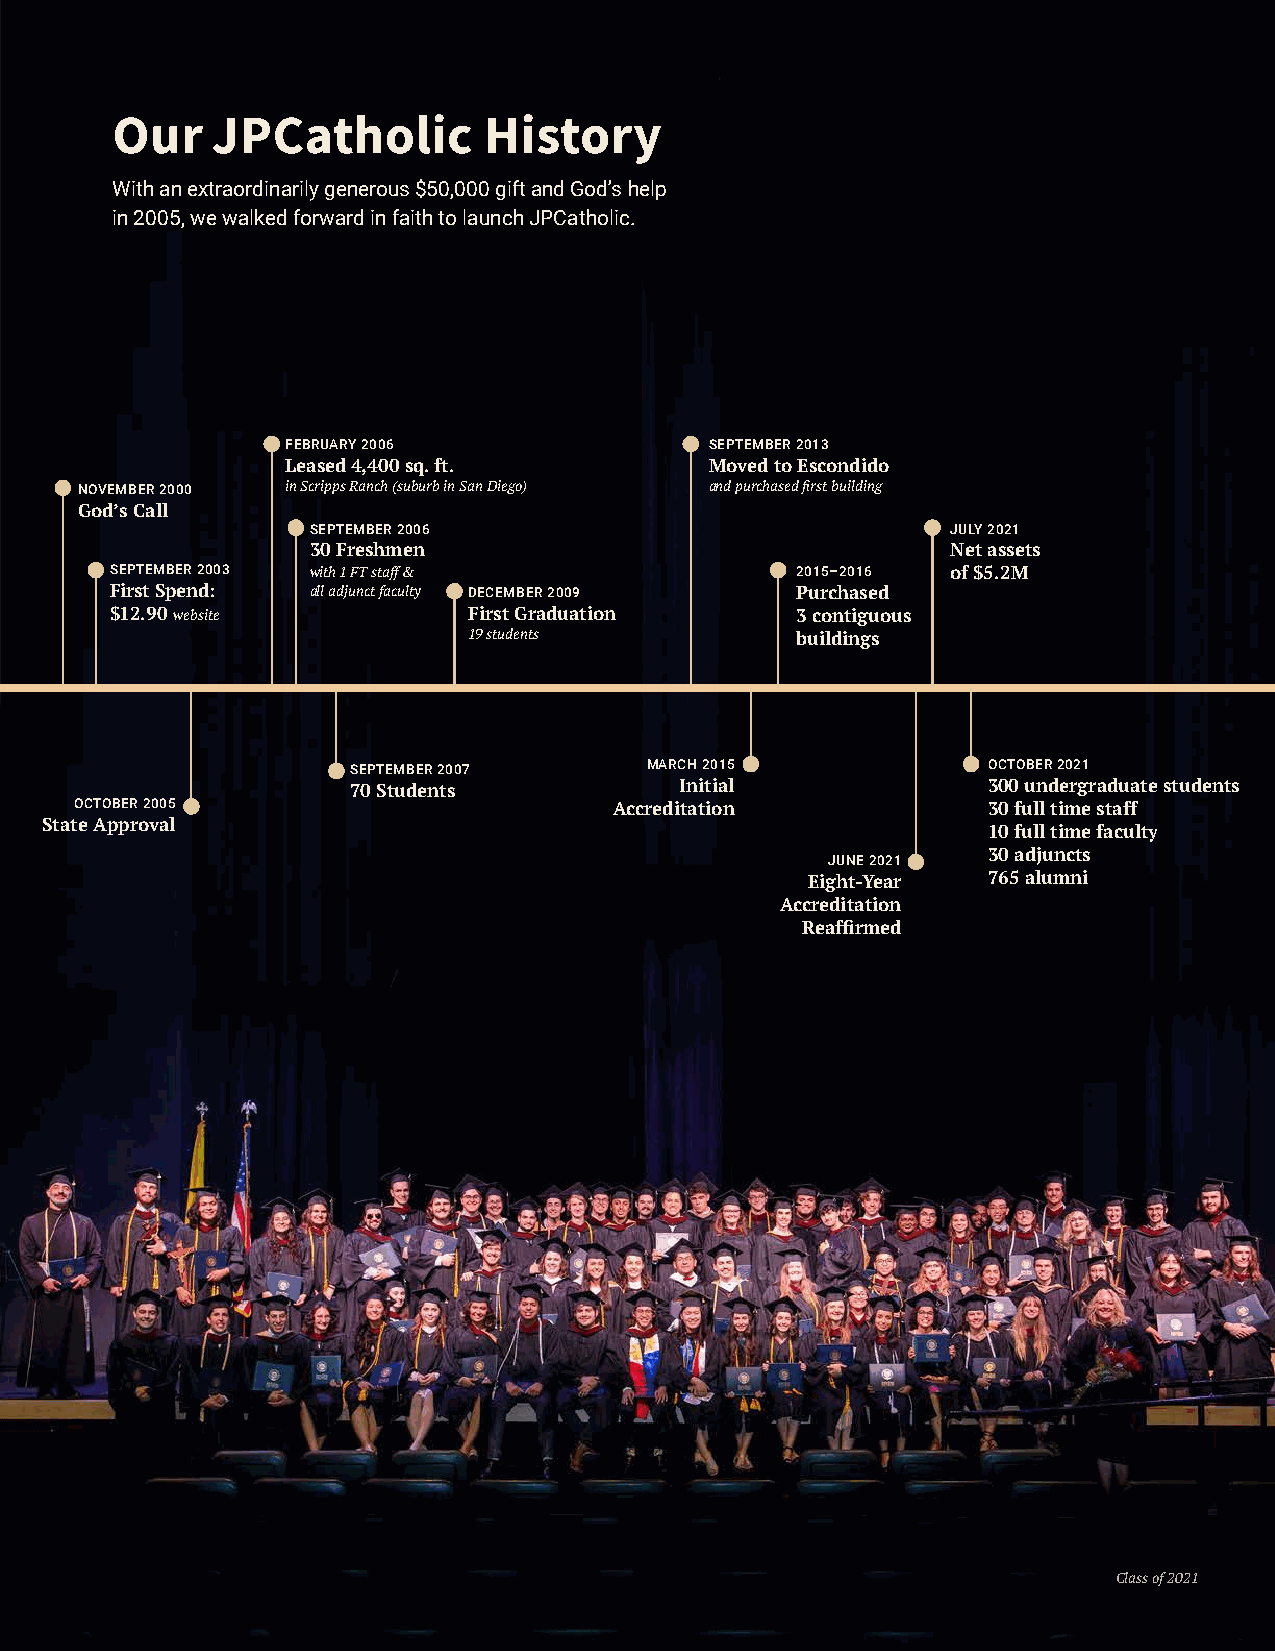
Our    JPCatholic        History
 With an extraordinarily generous $50,000 gift and God’s help
 in 2005, we walked forward in faith to launch JPCatholic.
 FEBRUARY 2006               SEPTEMBER 2013
 Leased 4,400 sq. ft.        Moved to Escondido
 NOVEMBER 2000 in Scripps Ranch (suburb in San Diego) and purchased first building
 God’s Call
 SEPTEMBER 2006                             JULY 2021
 30 Freshmen                                Net assets
 SEPTEMBER 2003 with 1 FT staff &              2015–2016 of $5.2M
 First Spend: all adjunct faculty DECEMBER 2009 Purchased
 $12.90 website          First Graduation      3 contiguous
 19 students           buildings
 SEPTEMBER 2007      MARCH 2015            OCTOBER 2021
 70 Students           Initial             300 undergraduate students
 OCTOBER 2005                        Accreditation           30 full time staff
 State Approval
 10 full time faculty
 30 adjuncts
 JUNE 2021
 Eight-Year  765 alumni
 Accreditation
 Reaffirmed
 Class of 2021